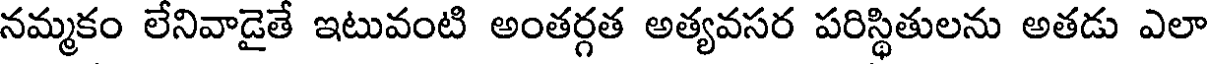
నమ్మకం లేనివాడైతే ఇటువంటి అంతర్గత అత్యవసర పరిస్థితులను అతడు ఎలా